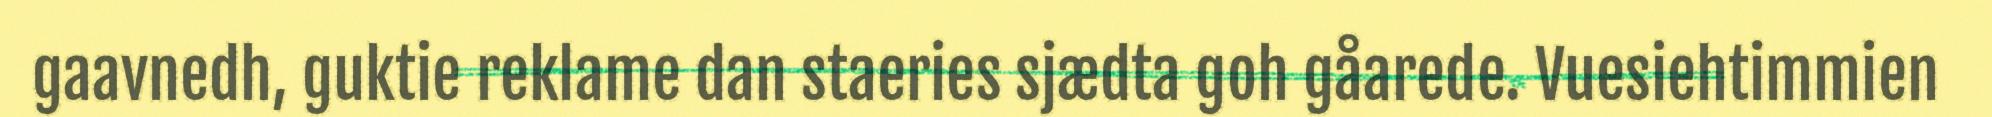
gaavnedh, guktie reklame dan staeries sjædta goh gåarede. Vuesiehtimmien